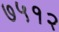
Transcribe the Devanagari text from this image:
७५१२